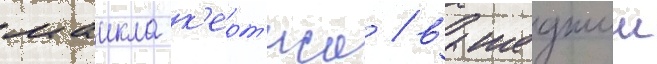
маикла к'ерт'иса / вышедшии